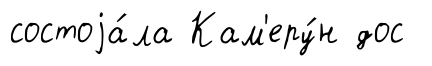
состоjа́ла Кам'еру́н дос